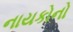
નાયકોનો